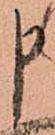
申